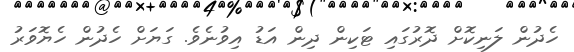
ހެދުން ލަނިކޮށް ދޮރުގައި ޓަކިން ދިން އަޑު އިވުނެވެ. ގަޔަށް ހެދުން ހެޔޮވަރު